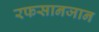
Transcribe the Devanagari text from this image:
रफसानजान